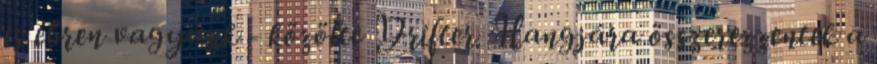
is ébren vagyunk - közölte Drifter. Hangjára összerezzentek a